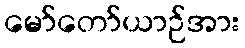
မော်တော်ယာဉ်အား